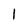
Character: 1